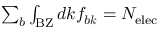
\begin{array} { r } { \sum _ { b } \int _ { \mathrm { B Z } } d \boldsymbol k f _ { b \boldsymbol k } = N _ { \mathrm { e l e c } } } \end{array}